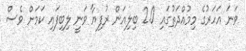
ވަނަ އަހަރުގެ މިމުއްދަތުގައި 2.0 ބިލިއަން ރުފިޔާ ވަނީ ލިބިފައި ކަމަށް ވެސް